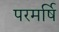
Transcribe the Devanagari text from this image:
परमर्षि